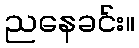
ညနေခင်း။